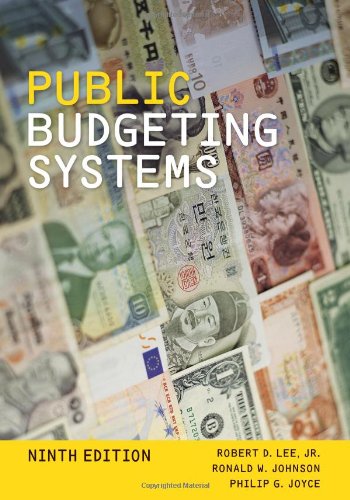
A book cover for Public Budgeting Systems; Robert D. Lee Jr.; Medical Books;